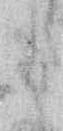
る